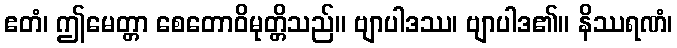
ဧတံ၊ ဤမေတ္တာ စေတောဝိမုတ္တိသည်။ ဗျာပါဒဿ၊ ဗျာပါဒ၏။ နိဿရဏံ၊